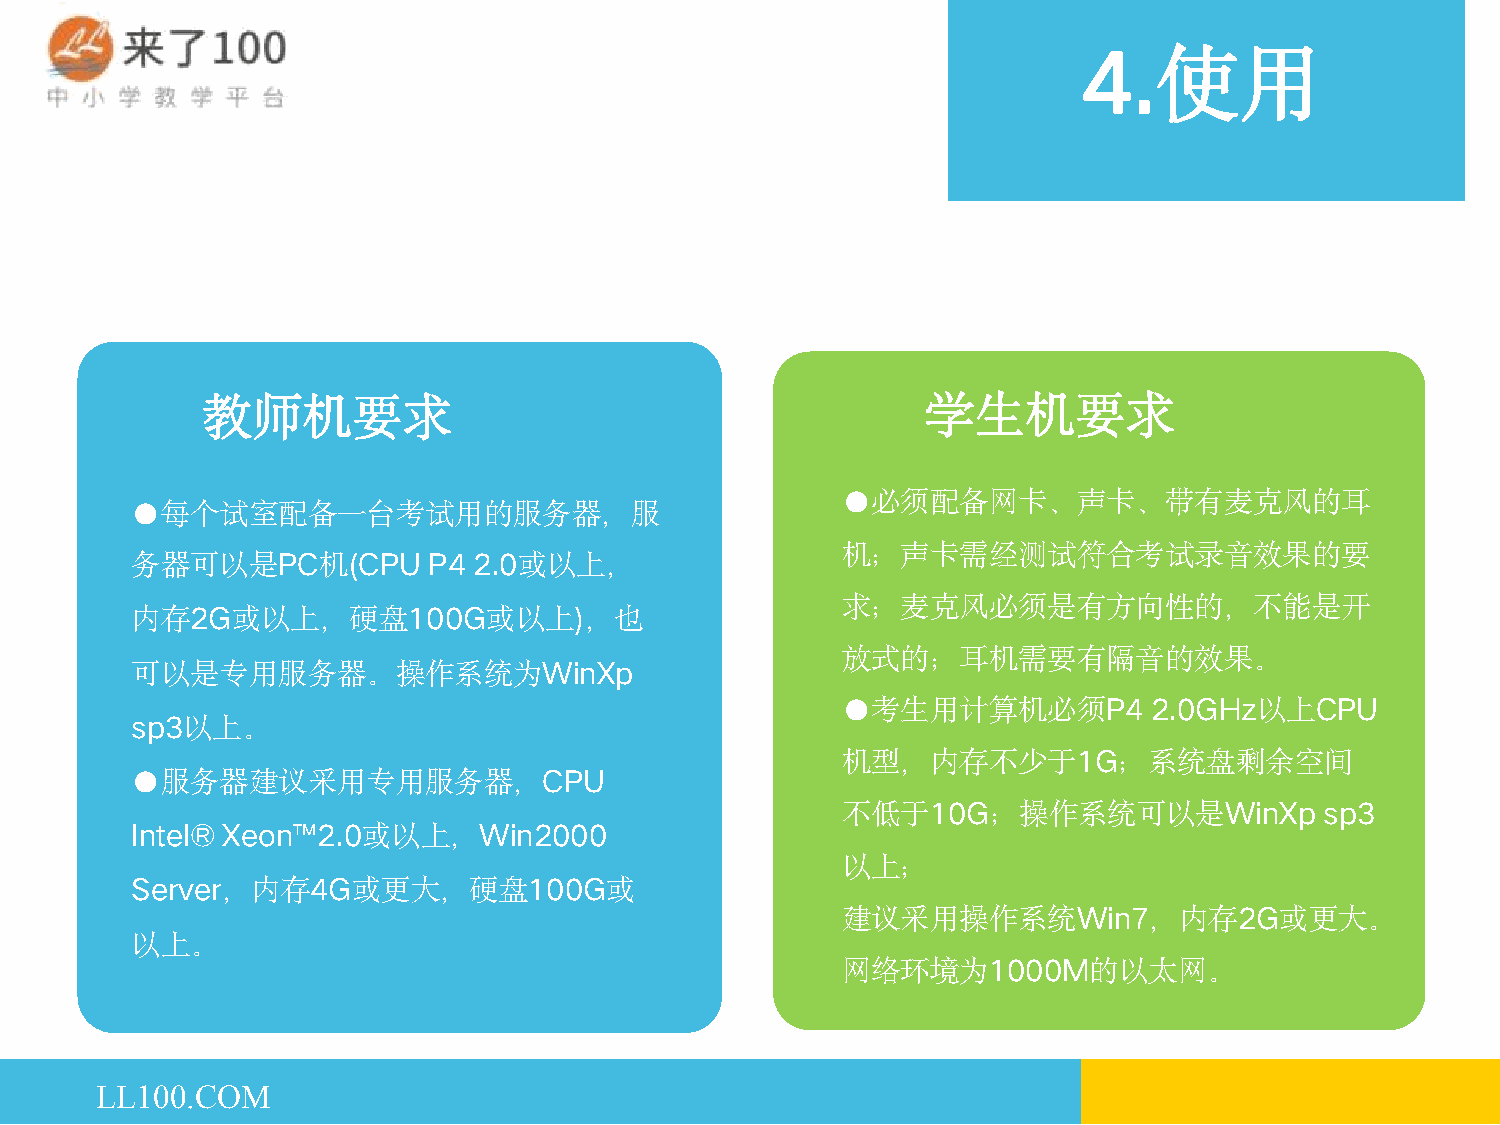
4.
 使用
 教师机要求                                           学生机要求
 ●必须配备网卡、声卡、带有麦克风的耳
 ●每个试室配备一台考试用的服务器，服
 机；声卡需经测试符合考试录音效果的要
 务器可以是PC机(CPU       P4 2.0或以上，
 求；麦克风必须是有方向性的，不能是开
 内存2G或以上，硬盘100G或以上)，也
 放式的；耳机需要有隔音的效果。
 可以是专用服务器。操作系统为WinXp
 ●考生用计算机必须P4         2.0GHz以上CPU
 sp3以上。
 机型，内存不少于1G；系统盘剩余空间
 ●服务器建议采用专用服务器，CPU
 不低于10G；操作系统可以是WinXp             sp3
 Intel® Xeon™2.0或以上，Win2000
 以上；
 Server，内存4G或更大，硬盘100G或
 建议采用操作系统Win7，内存2G或更大。
 以上。
 网络环境为1000M的以太网。
 LL100.COM